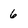
Character: 6